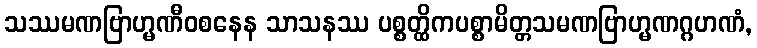
သဿမဏဗြာဟ္မဏီဝစနေန သာသနဿ ပစ္စတ္ထိကပစ္စာမိတ္တသမဏဗြာဟ္မဏဂ္ဂဟဏံ,